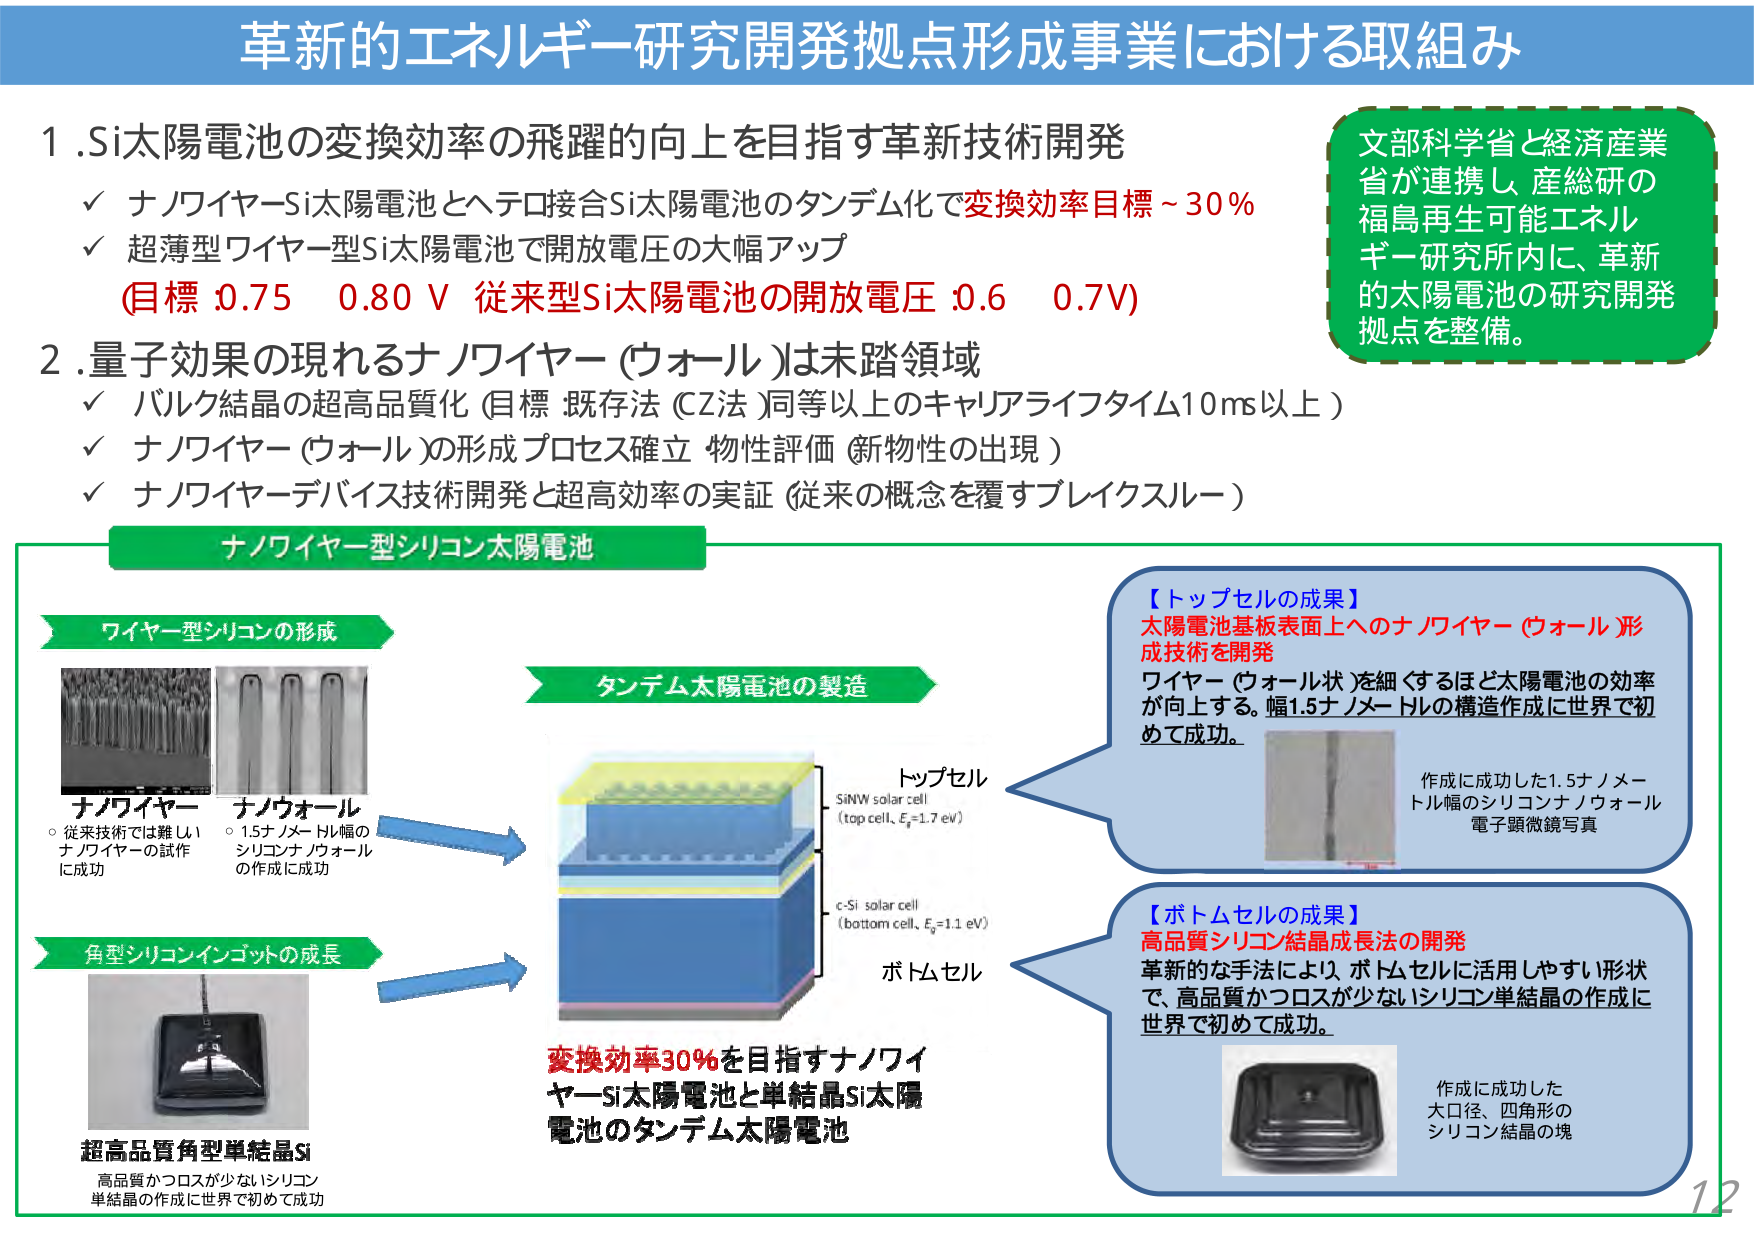
革新的エネルギー研究開発拠点形成事業における取組み

1. Si太陽電池の変換効率の飛躍的向上を目指す革新技術開発
✓ ナノワイヤーSi太陽電池とヘテロ接合Si太陽電池のタンデム化で変換効率目標～30％
✓ 超薄型ワイヤー型Si太陽電池で開放電圧の大幅アップ
（目標 0.75 0.80 V 従来型Si太陽電池の開放電圧 0.6 0.7V）

2. 量子効果の現れるナノワイヤー（ウォール）は未踏領域
✓ バルク結晶の超高品質化（目標：既存法（CZ法）同等以上のキャリアライフタイム10ms以上）
✓ ナノワイヤー（ウォール）の形成プロセス確立 物性評価（新物性の出現）
✓ ナノワイヤーデバイス技術開発と超高効率の実証（従来の概念を覆すブレイクスルー）

文部科学省と経済産業省が連携し、産総研の福島再生可能エネルギー研究所内に、革新的太陽電池の研究開発拠点を整備。

ナノワイヤー型シリコン太陽電池

ワイヤー型シリコンの形成
ナノワイヤー
○ 従来技術では難しいナノワイヤーの試作に成功
ナノウォール
○ 1.5ナノメートル幅のシリコンナノウォールの作成に成功

角型シリコンインゴットの成長
超高品質角型単結晶Si
高品質かつロスが少ないシリコン単結晶の作成に世界で初めて成功

タンデム太陽電池の製造

トップセル
SiNW solar cell
（top cell, Eg=1.7 eV）

ボトムセル
c-Si solar cell
（bottom cell, Eg=1.1 eV）

変換効率30％を目指すナノワイヤーSi太陽電池と単結晶Si太陽電池のタンデム太陽電池

【トップセルの成果】
太陽電池基板表面へのナノワイヤー（ウォール）形成技術を開発
ワイヤー（ウォール状）を細くするほど太陽電池の効率が向上する。幅1.5ナノメートルの構造作成に世界で初めて成功。
作成に成功した1.5ナノメートル幅のシリコンナノウォール
電子顕微鏡写真

【ボトムセルの成果】
高品質シリコン結晶成長法の開発
革新的な手法により、ボトムセルに活用しやすい形状で、高品質かつロスが少ないシリコン単結晶の作成に世界で初めて成功。
作成に成功した大口径、四角形のシリコン結晶の塊

12